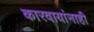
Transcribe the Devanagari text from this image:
कारवायांनाही